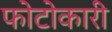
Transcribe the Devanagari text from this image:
फोटोकारी